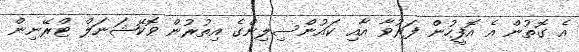
އެ ގޮތުން އެ އޮފީހުން ފަރުވާ އާއި ކައުންސިލިންގެ އިތުރުން ވޮކޭޝަނަލް ޓްރޭނިން